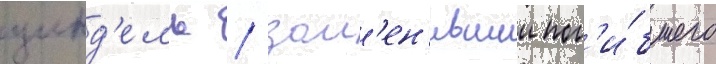
цинд'ель / зам'ен'ившии пог'и́бшего